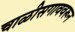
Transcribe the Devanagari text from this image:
चाळीसगाववरून